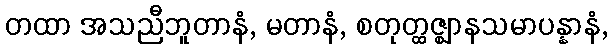
တထာ အသညီဘူတာနံ, မတာနံ, စတုတ္ထဇ္ဈာနသမာပန္နာနံ,